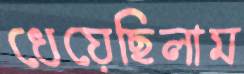
ধেয়েছিলাম